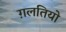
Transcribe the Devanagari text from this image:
ग़लतियो